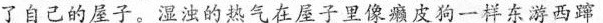
了自己的屋子。湿浊的热气在屋子里像癞皮狗一样东游西蹿